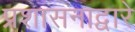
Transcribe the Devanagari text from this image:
प्रशासनाद्वारे